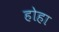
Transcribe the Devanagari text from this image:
होहा